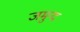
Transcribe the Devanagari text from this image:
जमुन्द